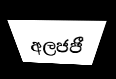
අලජජී